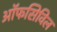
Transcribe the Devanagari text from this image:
ऑफसिविल